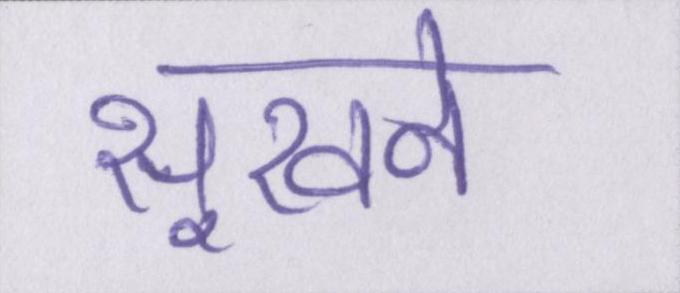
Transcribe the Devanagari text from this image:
सूखने